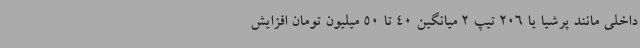
داخلی مانند پرشیا یا 206 تیپ 2 میانگین 40 تا 50 میلیون تومان افزایش